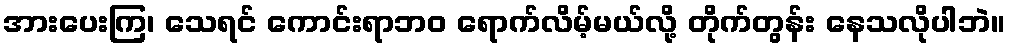
အားပေးကြ၊ သေရင် ကောင်းရာဘဝ ရောက်လိမ့်မယ်လို့ တိုက်တွန်း နေသလိုပါဘဲ။